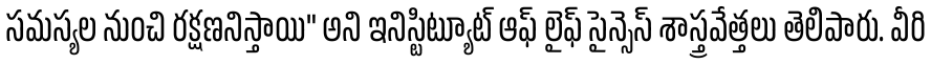
సమస్యల నుంచి రక్షణనిస్తాయి" అని ఇనిస్టిట్యూట్ ఆఫ్ లైఫ్ సైన్సెస్ శాస్త్రవేత్తలు తెలిపారు. వీరి